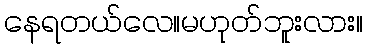
နေရတယ်လေ။မဟုတ်ဘူးလား။